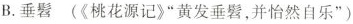
B.垂髫(《桃花源记》”黄发垂髫，并怡然自乐”)